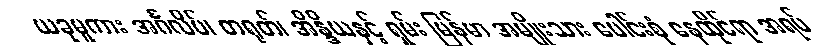
ယခုမူကား အင်္ဂလိပ်၊ တရုတ်၊ အိန္ဒိယနှင့် ရှမ်း မြန်မာ အမျိုးသား ပေါင်းစုံ နေထိုင်ရာ အရပ်